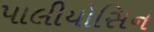
પાલીયોસિન